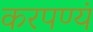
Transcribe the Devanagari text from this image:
करपण्यं